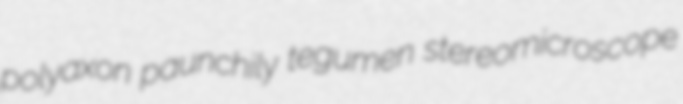
polyaxon paunchily tegumen stereomicroscope